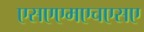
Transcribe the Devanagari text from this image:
एसएएमएचएसए